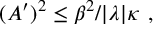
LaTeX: ( A ^ { \prime } ) ^ { 2 } \leq \beta ^ { 2 } / | \lambda | \kappa ~ ,